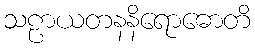
သဠာယတနနိရောဓောတိ